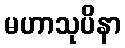
မဟာသုပိနာ